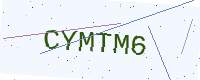
Text: CYMTM6